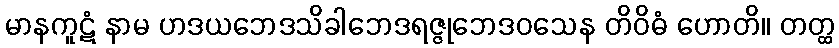
မာနကူဋံ နာမ ဟဒယဘေဒသိခါဘေဒရဇ္ဇုဘေဒဝသေန တိဝိဓံ ဟောတိ။ တတ္ထ